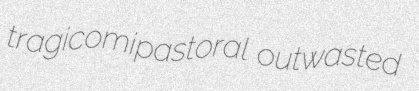
tragicomipastoral outwasted